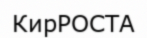
КирРОСТА